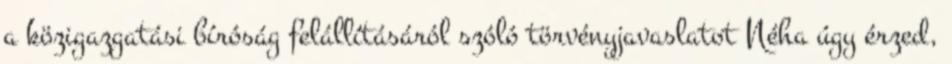
a közigazgatási bíróság felállításáról szóló törvényjavaslatot Néha úgy érzed,